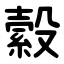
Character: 縠